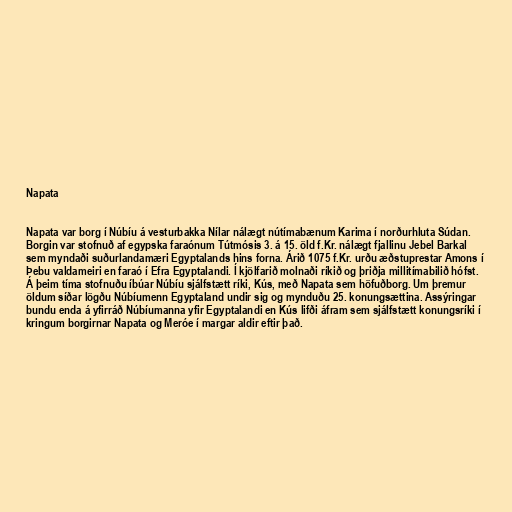
Napata

Napata var borg í Núbíu á vesturbakka Nílar nálægt nútímabænum Karima í norðurhluta Súdan.
Borgin var stofnuð af egypska faraónum Tútmósis 3. á 15. öld f.Kr. nálægt fjallinu Jebel Barkal
sem myndaði suðurlandamæri Egyptalands hins forna. Árið 1075 f.Kr. urðu æðstuprestar Amons í
Þebu valdameiri en faraó í Efra Egyptalandi. Í kjölfarið molnaði ríkið og þriðja millitímabilið hófst.
Á þeim tíma stofnuðu íbúar Núbíu sjálfstætt ríki, Kús, með Napata sem höfuðborg. Um þremur
öldum síðar lögðu Núbíumenn Egyptaland undir sig og mynduðu 25. konungsættina. Assýringar
bundu enda á yfirráð Núbíumanna yfir Egyptalandi en Kús lifði áfram sem sjálfstætt konungsríki í
kringum borgirnar Napata og Meróe í margar aldir eftir það.